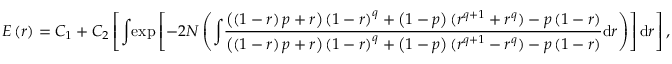
E \left( r \right) = C _ { 1 } + C _ { 2 } \left[ { \int } { \exp } \left[ { - 2 N \left( { \int } \frac { \left( \left( 1 - r \right) p + r \right) \left( 1 - r \right) ^ { q } + \left( 1 - p \right) ( r ^ { q + 1 } + r ^ { q } ) - p \left( 1 - r \right) } { \left( \left( 1 - r \right) p + r \right) \left( 1 - r \right) ^ { q } + \left( 1 - p \right) ( r ^ { q + 1 } - r ^ { q } ) - p \left( 1 - r \right) } \mathrm { d } r \right) } \right] \mathrm { d } r \right] ,